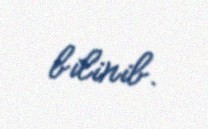
bilinib.